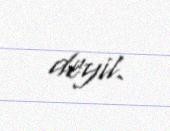
deyil.